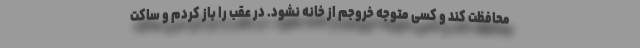
محافظت کند و کسی متوجه خروجم از خانه نشود. درِ عقب را باز کردم و ساکت